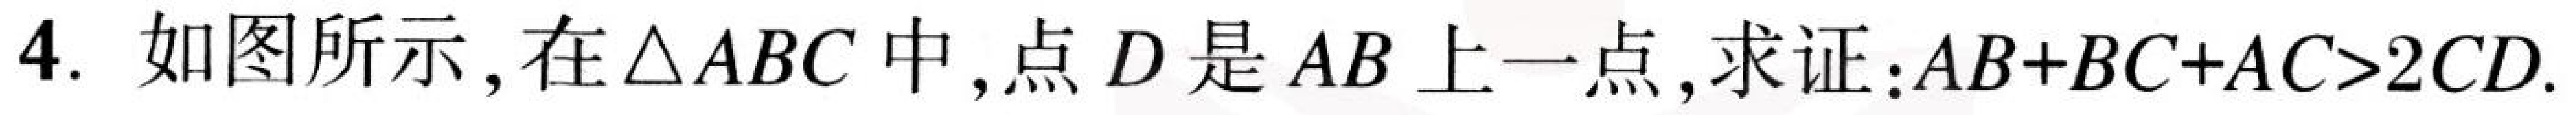
4. 如图所示，在\(\triangle ABC\)中，点\(D\)是\(AB\)上一点，求证：\(AB + BC + AC>2CD\)．